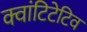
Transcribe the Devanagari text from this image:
क्वांटिटेटिव